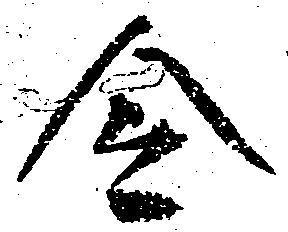
令